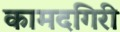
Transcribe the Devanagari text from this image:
कामदगिरी